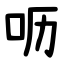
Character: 呖